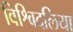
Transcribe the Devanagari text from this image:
विश्विदलिया